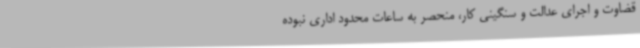
قضاوت و اجرای عدالت و سنگینی کار، منحصر به ساعات محدود اداری نبوده